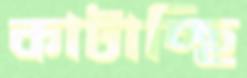
কাটাচ্ছি